Lunatic asylums Punjab 1868-1880 - 1868-1880
Year: 1868
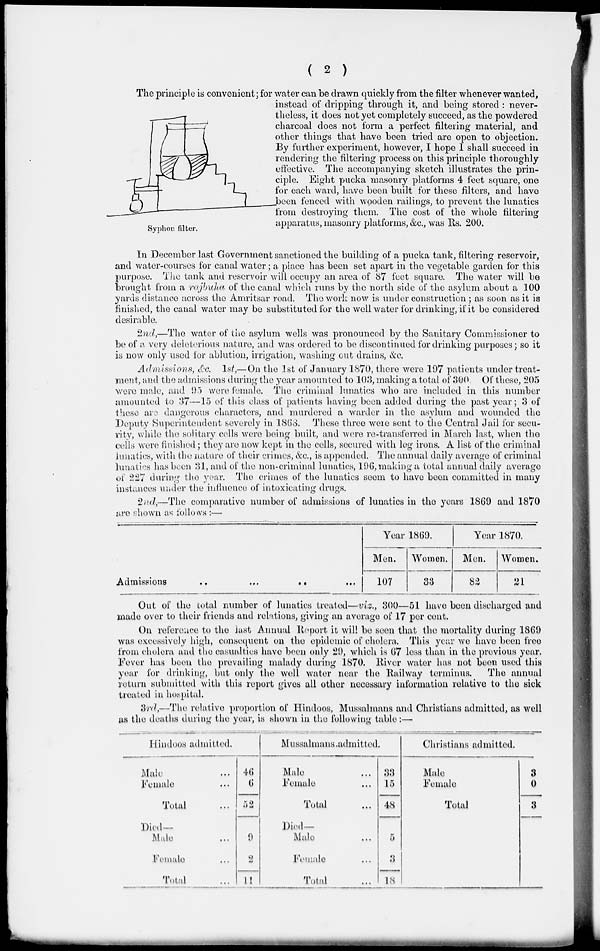
( 2 )
The principle is convenient; for water can be drawn quickly from the filter whenever wanted,
instead of dripping through it, and being stored : never-
theless, it does not yet completely succeed, as the powdered
charcoal does not form a perfect filtering material, and
other things that have been tried are open to objection.
By further experiment, however, I hope I shall succeed in
rendering the filtering process on this principle thoroughly
effective. The accompanying sketch illustrates the prin-
ciple. Eight pucka masonry platforms 4 feet square, one
for each ward, have been built for these filters, and have
been fenced with wooden railings, to prevent the lunatics
from destroying them. The cost of the whole filtering
apparatus, masonry platforms, &c., was Rs. 200.
Syphon filter.
In December last Government sanctioned the building of a pucka tank, filtering reservoir,
and water-courses for canal water; a place has been set apart in the vegetable garden for this
purpose. The tank and reservoir will occupy an area of 87 feet square. The water will be
brought from a rajbuha of the canal which runs by the north side of the asylum about a 100
yards distance across the Amritsar road. The work now is under construction ; as soon as it is
finished, the canal water may be substituted for the well water for drinking, if it be considered
desirable.
2nd,—The water of the asylum wells was pronounced by the Sanitary Commissioner to
be of a very deleterious nature, and was ordered to be discontinued for drinking purposes; so it
is now only used for ablution, irrigation, washing out drains, &c.
Admissions, &c. 1st,—On the 1st of January 1870, there were 197 patients under treat-
ment, and the admissions during the year amounted to 103, making a total of 300. Of these, 205
were male, and 95 were female. The criminal lunatics who are included in this number
amounted to 37—15 of this class of patients having been added during the past year; 3 of
these are dangerous characters, and murdered a warder in the asylum and wounded the
Deputy Superintendent severely in 1868. These three were sent to the Central Jail for secu-
rity, while the solitary cells were being built, and were re-transferred in March last, when the
cells were finished; they are now kept in the cells, secured with leg irons. A list of the criminal
lunatics, with the nature of their crimes, &c., is appended. The annual daily average of criminal
lunatics has been 31, and of the non-criminal lunatics, 196, making a total annual daily average
of 227 during the year. The crimes of the lunatics seem to have been committed in many
instances under the influence of intoxicating drugs.
2nd,—The comparative number of admissions of lunatics in the years 1869 and 1870
are shown as follows:—
Admissions
..
...
..
...
Year 1869.
Men.
107
Women.
33
Year 1870.
Men.
82
Women.
21
Out of the total number of lunatics treated—viz., 300—51 have been discharged and
made over to their friends and relations, giving an average of 17 per cent.
On reference to the last Annual Report it will be seen that the mortality during 1869
was excessively high, consequent on the epidemic of cholera. This year we have been free
from cholera and the casualties have been only 29, which is 67 less than in the previous year,
Fever has been the prevailing malady during 1870. River water has not been used this
year for drinking, but only the well water near the Railway terminus.
The annual
return submitted with this report gives all other necessary information relative to the sick
treated in hospital.
3rd,—The relative proportion of Hindoos, Mussalmans and Christians admitted, as well
as the deaths during the year, is shown in the following table:—
Hindoos admitted.
Male ...
Female ...
Total ...
Died—
Male ...
Female ...
Total ...
46
6
52
9
2
11
Mussalmans admitted.
Male ...
Female ...
Total ...
Died—
Male ...
Female ...
Total
33
15
48
5
3
18
Christians admitted.
Male
Female
Total
3
0
3